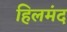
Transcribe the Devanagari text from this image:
हिलमंद